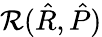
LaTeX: \mathcal{R}(\hat{R},\hat{P})